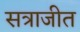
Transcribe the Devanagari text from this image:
सत्राजीत